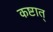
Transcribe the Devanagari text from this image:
कष्टात्